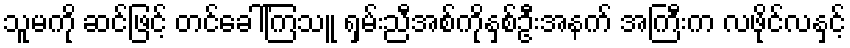
သူမကို ဆင်ဖြင့် တင်ခေါ်ကြသူ ရှမ်းညီအစ်ကိုနှစ်ဦးအနက် အကြီးက လဖိုင်လနှင့်